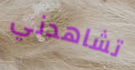
تشاهدني